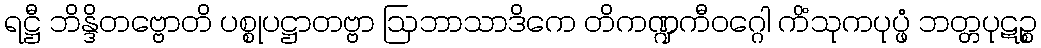
ရဋ္ဌီ ဘိန္ဒိတဗ္ဗောတိ ပစ္စုပဋ္ဌာတဗ္ဗာ ဩဘာသာဒိကေ တိကဏ္ဍကီဝဂ္ဂေါ ကိံသုကပုပ္ဖံ ဘတ္တပုဋဉ္စ